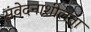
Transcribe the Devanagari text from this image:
संवेदनाशीलता